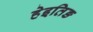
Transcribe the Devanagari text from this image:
हेइतिङ